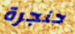
حنجرة